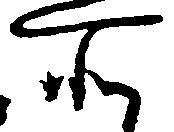
所